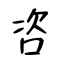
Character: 咨